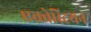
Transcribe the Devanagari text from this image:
एक्वेस्ट्रियन